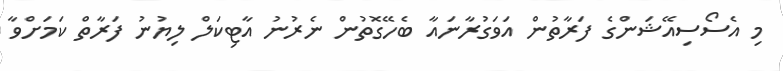
މި އެސޯސިއޭޝަންގެ ފަރާތުން އަވަގުރާނައާ ބެހޭގޮތުން ނެރުނު އާޓިކަލް ލިޔުނު ފަރާތް ކަމަށްވާ